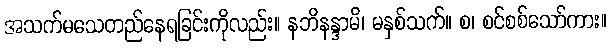
အသက်မသေတည်နေရခြင်းကိုလည်း။ နဘိနန္ဒာမိ၊ မနှစ်သက်။ စ၊ စင်စစ်သော်ကား။